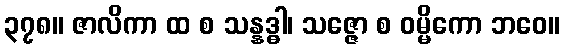
၃၇၈။ ဇာလိကာ ထ စ သန္နဒ္ဓါ၊ သဇ္ဇော စ ဝမ္မိကော ဘဝေ။